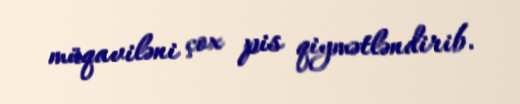
müqaviləni çox pis qiymətləndirib.